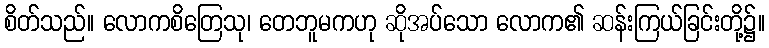
စိတ်သည်။ လောကစိတြေသု၊ တေဘူမကဟု ဆိုအပ်သော လောက၏ ဆန်းကြယ်ခြင်းတို့၌။